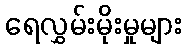
ရေလွှမ်းမိုးမှုများ